Civil Veterinary Dept. Assam report 1927-50 - 1927-1950
Year: 1927
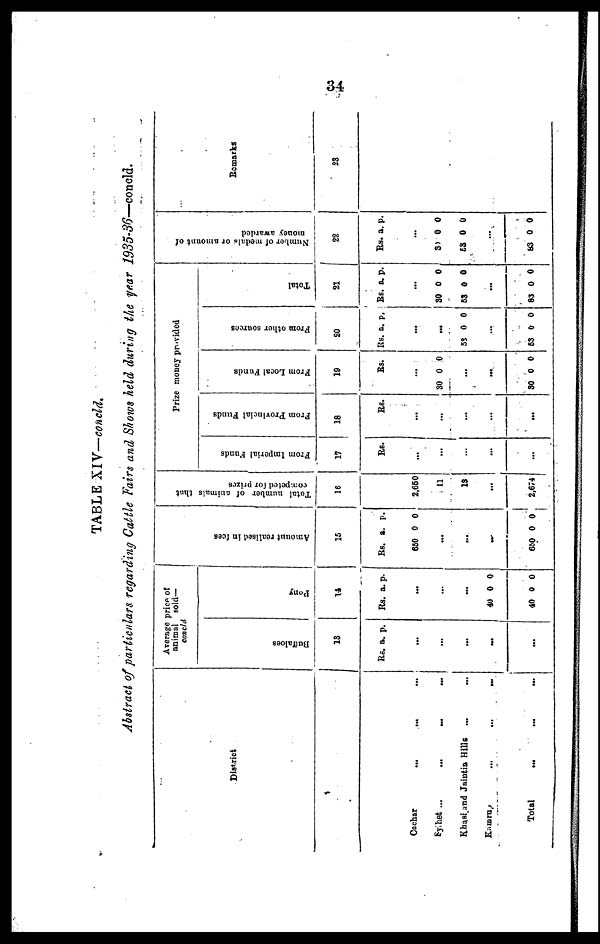
34
TABLE XIV—concld.
Abstract of particulars regarding Cattle Fairs and Shows held during the year 1935-36—concld.
District
Cachar
...
...
Sylhet ... ... ... ...
Khasi and Jaintia Hills ... ...
Kamrup
...
...
...
Total ... ... ...
Average price of
animal sold—
concld
Buffaloes
13
Rs. a. p.
...
...
...
...
...
Pony
14
Rs. a. p.
...
...
...
40
40
0
0
0
0
Amount realised in fees
15
Rs. a
650
.
0
p.
0
...
...
...
650 0 0
Tot al number of animals that
competed for prizes
16
2,650
11
13
...
2,674
Prize money provided
From Imperial Funds
17
Rs.
...
...
...
...
...
From Provincial Funds
18
Rs.
...
...
...
...
...
Fr om Local Funds
19
Rs
.
...
30 0 0
.
..
.
..
80 0 0
Fr om ot her s our c e s
20
Rs. a. p.
...
53
...
0 0
...
63 0 0
Tot al
21
Rs. a. p.
...
30
53
0
0
0
0
...
83 0 0
Nu mb e r of medals or amount of
money awar ded
22
Rs. a. p.
...
39
53
0
0
0
0
...
83 0 0
Remarks
23